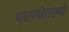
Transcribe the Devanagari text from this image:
प्राचेतसो